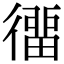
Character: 𢔲